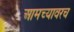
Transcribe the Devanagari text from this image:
आमच्यावरच